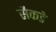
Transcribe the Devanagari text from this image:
सैकडे